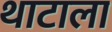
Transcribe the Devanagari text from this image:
थाटाला